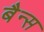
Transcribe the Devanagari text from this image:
बैन्स